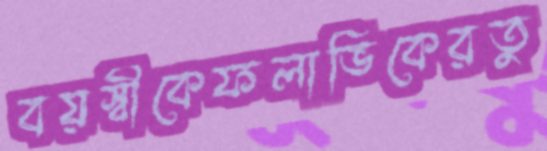
বয়স্বীকেফলাভিকেরতু